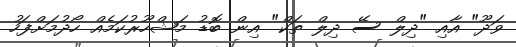
ވަދޫ" އާއި "ދިލް ސޭ ދިލް ތަކް" އިން ބޮޑު މަޝްހޫރުކަމެއް ހޯދުމަށްފަހު